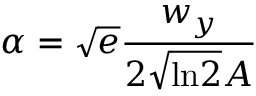
\alpha = \sqrt { e } \frac { w _ { y } } { 2 \sqrt { \mathrm { l n } 2 } A }